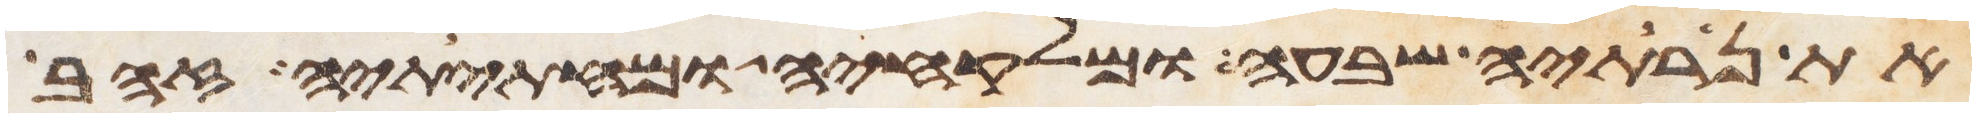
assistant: את נרתיה שבעה ומלקחיה ומחתיתיה זהב